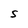
Character: S